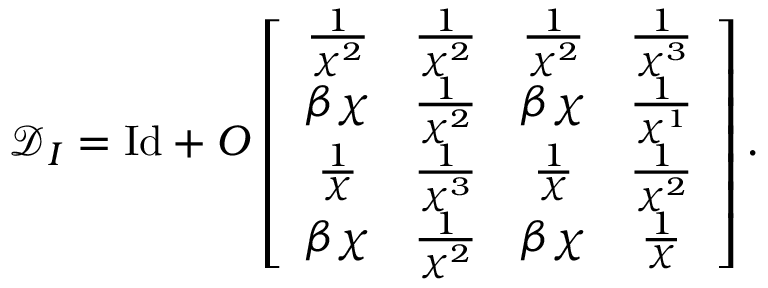
\mathcal { D } _ { I } = \mathrm { I d } + O \left[ \begin{array} { c c c c } { \frac { 1 } { \chi ^ { 2 } } } & { \frac { 1 } { \chi ^ { 2 } } } & { \frac { 1 } { \chi ^ { 2 } } } & { \frac { 1 } { \chi ^ { 3 } } } \\ { \beta \chi } & { \frac { 1 } { \chi ^ { 2 } } } & { \beta \chi } & { \frac { 1 } { \chi ^ { 1 } } } \\ { \frac { 1 } { \chi } } & { \frac { 1 } { \chi ^ { 3 } } } & { \frac { 1 } { \chi } } & { \frac { 1 } { \chi ^ { 2 } } } \\ { \beta \chi } & { \frac { 1 } { \chi ^ { 2 } } } & { \beta \chi } & { \frac { 1 } { \chi } } \end{array} \right] .